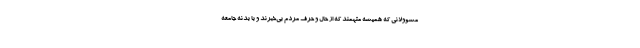
مسوولاني كه هميشه متهمند كه از حال و حرف مردم بي‌خبرند و با بدنه جامعه